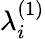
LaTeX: \lambda_{i}^{(1)}